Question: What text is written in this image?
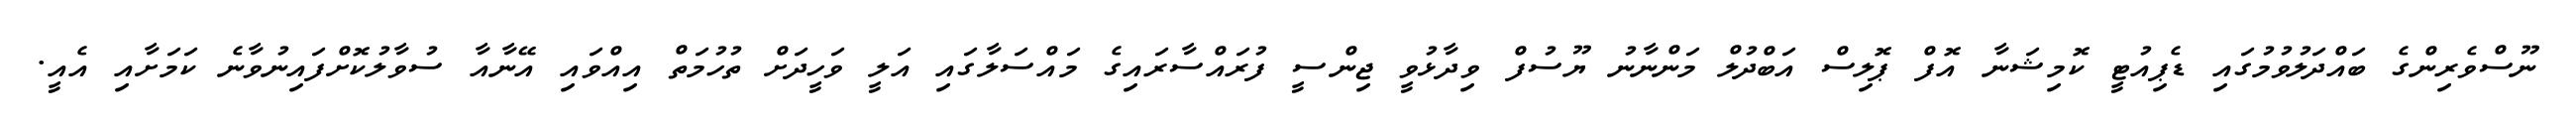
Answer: ނޫސްވެރިންގެ ބައްދަލުވުމުގައި ޑެޕިއުޓީ ކޮމިޝަނާ އޮފް ޕޮލިސް އަބްދުލް މަންނާނު ޔޫސުފް ވިދާޅުވީ ޖިންސީ ފުރައްސާރައިގެ މައްސަލާގައި އަލީ ވަހީދަށް ތުހުމަތް އިއްވައި އޭނާއާ ސުވާލުކޮށްފައިނުވާނެ ކަމަށާއި އެއީ.